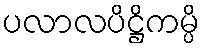
ပလာလပိဋ္ဌိကမ္ပိ